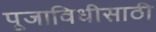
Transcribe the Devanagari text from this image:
पूजाविधीसाठी